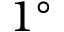
1 ^ { \circ }